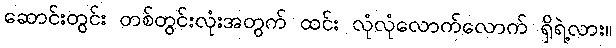
ဆောင်းတွင်း တစ်တွင်းလုံးအတွက် ထင်း လုံလုံလောက်လောက် ရှိရဲ့လား။